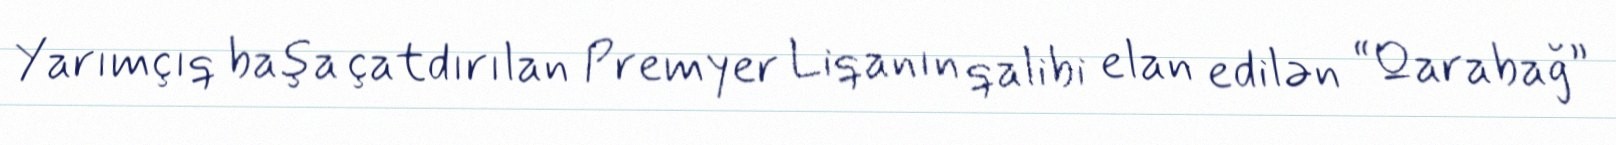
Yarımçıq başa çatdırılan Premyer Liqanın qalibi elan edilən “Qarabağ”